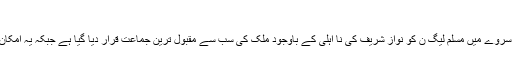
جواب آپ کے اندازے غلط ثابت کردے گا
انسٹی ٹیوٹ آف پبلک اوپینیئن کی جانب سے کیے جانے والے تازہ ترین سروے میں مسلم لیگ ن کو نواز شریف کی نا اہلی کے باوجود ملک کی سب سے مقبول ترین جماعت قرار دیا گیا ہے جبکہ یہ امکان بھی ظاہر کیا گیا ہے کہ آئندہ معلق پارلیمان معرضِ وجود میں آئے گی۔